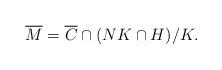
LaTeX: \begin{align*}\overline{M} = \overline{C} \cap (NK \cap H)/K.\end{align*}